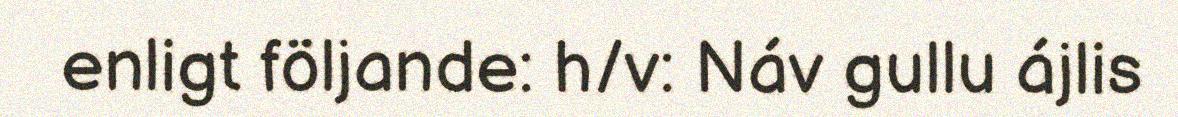
enligt följande: h/v: Náv gullu ájlis